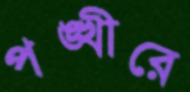
পঙ্খীরে